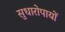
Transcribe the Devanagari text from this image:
सुधारोपायों